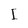
Character: I